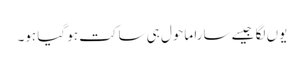
یوں لگا جیسے سارا ماحول ہی ساکت ہو گیا ہو۔